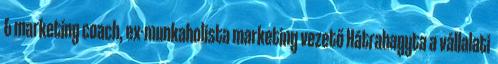
& marketing coach, ex-munkaholista marketing vezető Hátrahagyta a vállalati